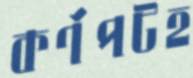
কর্ণপটহ